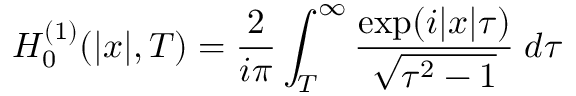
H _ { 0 } ^ { ( 1 ) } ( \vert x \vert , T ) = \frac { 2 } { i \pi } \int _ { T } ^ { \infty } \frac { \exp ( i \vert x \vert \tau ) } { \sqrt { \tau ^ { 2 } - 1 } } \; d \tau